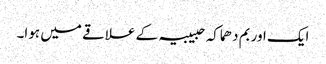
ایک اور بم دھماکہ حبیبیہ کے علاقے میں ہوا۔